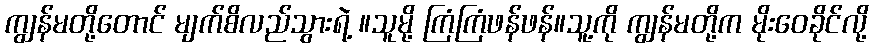
ကျွန်မတို့တောင် မျက်စိလည်သွားရဲ့ ။သူမို့ ကြံကြံဖန်ဖန်။သူ့ကို ကျွန်မတို့က မိုးဝေခိုင်လို့